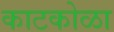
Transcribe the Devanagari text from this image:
काटकोळा